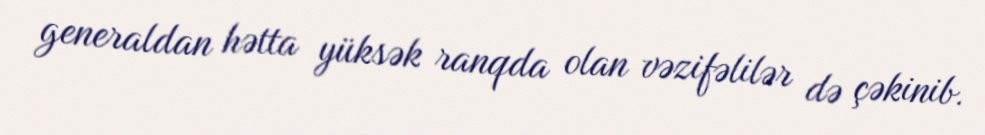
generaldan hətta yüksək ranqda olan vəzifəlilər də çəkinib.